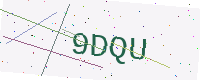
Text: 9DQU